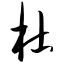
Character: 杜